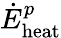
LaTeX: \dot{E}_{\mathrm{heat}}^{p}